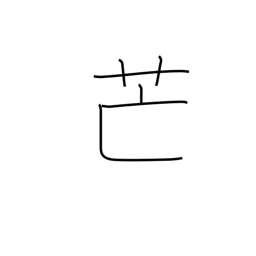
Meaning: pampas grass